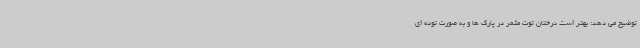
توضیح می دهد: بهتر است درختان توت مثمر در پارک ها و به صورت توده ای